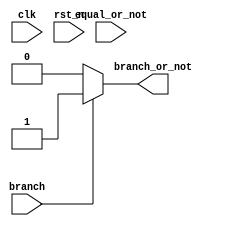
module Branch_Prediction(
	clk,
	rst_n,
	equal_or_not,
	branch,
	branch_or_not
	);
/*
This function only runs when the branch signal equal to 1 and it will give out
prediction to branch or not to branch immediately. 
*/
input clk, rst_n;
input equal_or_not; // equal == 1 branch, equal == 0 not branch 
input branch;
output reg branch_or_not;

reg state, state_nxt;

localparam take_1     = 2'b00; //jump
localparam take_2     = 2'b01; //jump
localparam not_take_1 = 2'b10; // not jump
localparam not_take_2 = 2'b11; // not jump 

// current state 
always@(*) 
begin
	state_nxt = take_1 ; 
	if ( branch == 0 )
	begin
		state_nxt = state ;
	end
	else 
	begin
		if (state == take_1)
		begin
			if (equal_or_not == 1) // jump
			begin
				state_nxt = take_1;
			end
			else 
			begin
				state_nxt = take_2;
			end
		end
		else if (state == take_2)
		begin
			if (equal_or_not == 1) // jump
			begin
				state_nxt = take_1;
			end
			else 
			begin
				state_nxt = not_take_2;
			end
		end
		else if (state == not_take_1) 
		begin
			if (equal_or_not == 1) // jump
			begin
				state_nxt = not_take_2;
			end
			else 
			begin
				state_nxt = not_take_1;
			end
		end
		else if (state == not_take_2) 
		begin
			if (equal_or_not == 1) // jump
			begin
				state_nxt = take_2;
			end
			else 
			begin
				state_nxt = not_take_1;
			end
		end
		else 
		begin
			state_nxt = take_1;
		end
	end
end
// combination circuit
always @(*) 
begin
	if (branch)  // Beq have the chances to jump
	begin
		// reset
		if (state == take_1 || state == take_2)
		begin
			branch_or_not = 1 ;
		end
		else 
		begin
			branch_or_not = 0 ;
		end
	end
	else 
	begin
		branch_or_not = 0 ;
	end
end
// next state 
always @(posedge clk) 
begin
	if (~rst_n) 
	begin
		// reset
		state <= not_take_1 ;
	end
	else
	begin
		state <= state_nxt ;
	end
end

endmodule